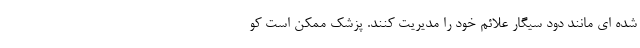
شده ای مانند دود سیگار علائم خود را مدیریت کنند. پزشک ممکن است کو